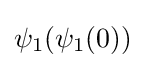
\psi _{1}(\psi _{1}(0))